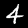
Label: 4